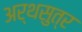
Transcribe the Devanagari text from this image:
अर्थसुत्र